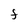
Character: F